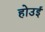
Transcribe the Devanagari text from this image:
होउई